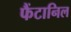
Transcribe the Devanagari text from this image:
फैंटानिल